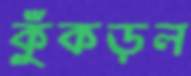
কুঁকড়ল